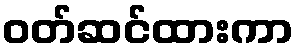
ဝတ်ဆင်ထားကာ